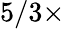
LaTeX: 5/3\times